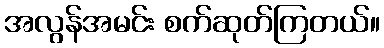
အလွန်အမင်း စက်ဆုတ်ကြတယ်။